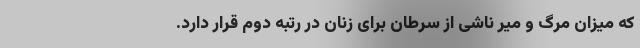
که میزان مرگ و میر ناشی از سرطان برای زنان در رتبه دوم قرار دارد.